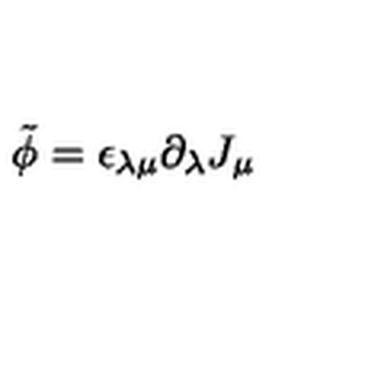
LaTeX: \tilde { \phi } = \epsilon _ { \lambda \mu } \partial _ { \lambda } J _ { \mu }